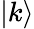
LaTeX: \vert k\rangle